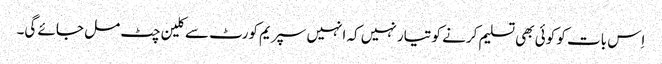
اِس بات کو کوئی بھی تسلیم کرنے کو تیار نہیں کہ انہیں سپریم کورٹ سے کلین چٹ مل جائے گی۔